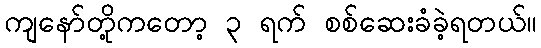
ကျနော်တို့ကတော့ ၃ ရက် စစ်ဆေးခံခဲ့ရတယ်။